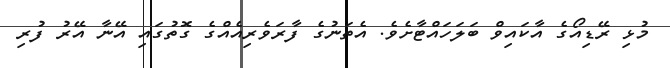
މުޅި ރޭޑިއޯގެ އާކައިވް ބަލަހައްޓާށެވެ. އެތަނުގެ ފާރަވެރިއެއްގެ ގޮތުގައި އޭނާ އޭރު ފުރި